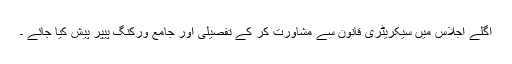
اگلے اجلاس میں سیکریٹری قانون سے مشاورت کر کے تفصیلی اور جامع ورکنگ پیپر پیش کیا جائے ۔